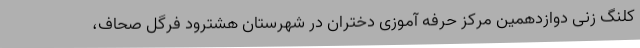
کلنگ زنی دوازدهمین مرکز حرفه آموزی دختران در شهرستان هشترود فرگل صحاف،